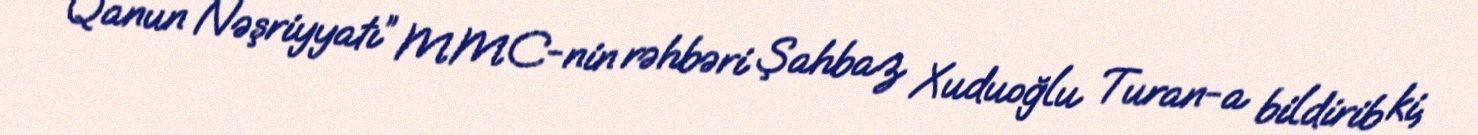
“Qanun Nəşriyyatı” MMC-nin rəhbəri Şahbaz Xuduoğlu Turan-a bildirib ki,